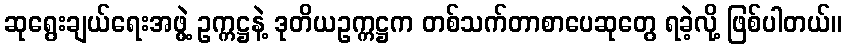
ဆုရွေးချယ်ရေးအဖွဲ့ ဥက္ကဋ္ဌနဲ့ ဒုတိယဥက္ကဋ္ဌက တစ်သက်တာစာပေဆုတွေ ရခဲ့လို့ ဖြစ်ပါတယ်။